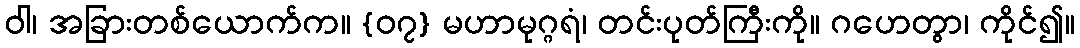
ဝါ၊ အခြားတစ်ယောက်က။ {၀၇} မဟာမုဂ္ဂရံ၊ တင်းပုတ်ကြီးကို။ ဂဟေတွာ၊ ကိုင်၍။